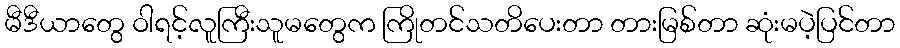
မီဒီယာတွေ ဝါရင့်လူကြီးသူမတွေက ကြိုတင်သတိပေးတာ တားမြစ်တာ ဆုံးမပဲ့ပြင်တာ